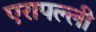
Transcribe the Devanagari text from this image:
एरापल्ली